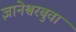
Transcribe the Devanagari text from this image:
ज्ञानेश्वरबुवा